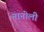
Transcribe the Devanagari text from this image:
नानोली